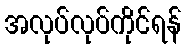
အလုပ်လုပ်ကိုင်ရန်